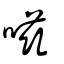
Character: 嗞